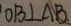
O B \bot A B .